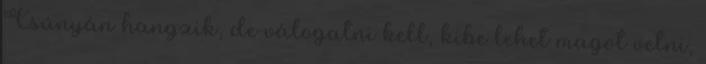
Csúnyán hangzik, de válogatni kell, kibe lehet magot vetni,